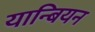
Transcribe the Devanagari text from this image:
यान्बियन